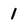
Character: l